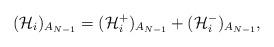
LaTeX: \begin{align*}(\mathcal{H}_{i})_{A_{N-1}}=(\mathcal{H}_{i}^{+})_{A_{N-1}}+(\mathcal{H}_{i}^{-})_{A_{N-1}}, \end{align*}